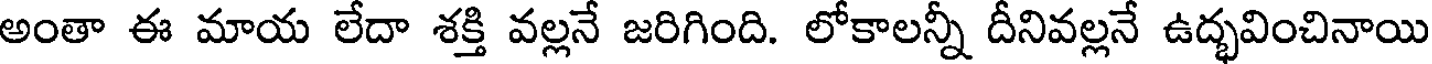
అంతా ఈ మాయ లేదా శక్తి వల్లనే జరిగింది. లోకాలన్నీ దీనివల్లనే ఉద్భవించినాయి